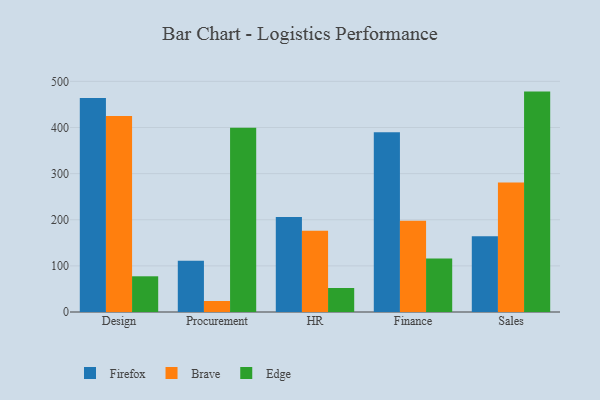
{"axis": {"x": "Department", "y": "Satisfaction Score"}, "legend": ["Brave", "Edge", "Firefox"], "data": [{"x": "Design", "y": 463.9, "type": "Firefox"}, {"x": "Design", "y": 424.8, "type": "Brave"}, {"x": "Design", "y": 77.4, "type": "Edge"}, {"x": "Procurement", "y": 111.2, "type": "Firefox"}, {"x": "Procurement", "y": 23.8, "type": "Brave"}, {"x": "Procurement", "y": 399.4, "type": "Edge"}, {"x": "HR", "y": 205.8, "type": "Firefox"}, {"x": "HR", "y": 176.3, "type": "Brave"}, {"x": "HR", "y": 52.1, "type": "Edge"}, {"x": "Finance", "y": 389.9, "type": "Firefox"}, {"x": "Finance", "y": 197.7, "type": "Brave"}, {"x": "Finance", "y": 115.9, "type": "Edge"}, {"x": "Sales", "y": 164.4, "type": "Firefox"}, {"x": "Sales", "y": 280.6, "type": "Brave"}, {"x": "Sales", "y": 477.8, "type": "Edge"}]}